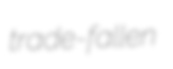
trade-fallen